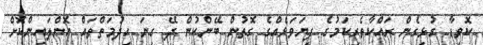
ކޮވިޑާ ގުޅިގެން ރައްކާތެރިކަމުގެ ފިޔަވަޅެއްގެ ގޮތުން ބޭންކުން ދޭ ގިނަ ހިދުމަތްތައް އޮންލައިންކޮށް